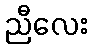
ညီလေး